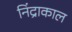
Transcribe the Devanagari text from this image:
निंद्राकाल